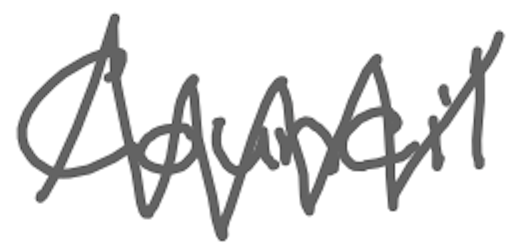
Text: Council
Cross-out: zig-zag
Writing tool: digital_gray